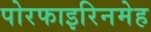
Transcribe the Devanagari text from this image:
पोरफाइरिनमेह